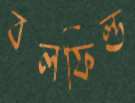
বলফিল্ড